Vaccination in the Punjab 1897-1904 - 1897-1904
Year: 1897
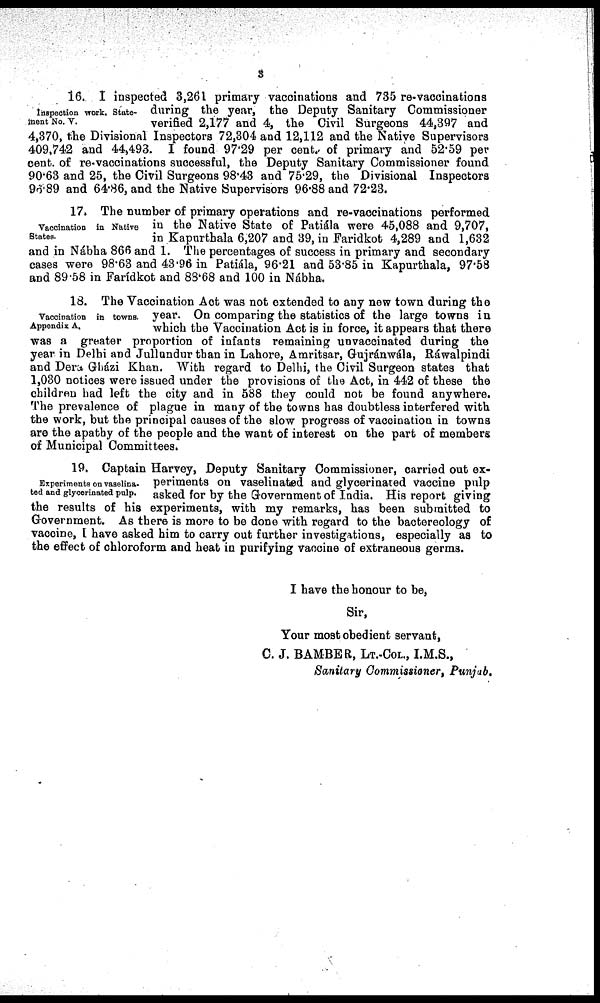
3
Inspection work, State-
ment No. V.
16. I inspected 3,261 primary vaccinations and 735 re-vaccinations
during the year, the Deputy Sanitary Commissioner
verified 2,177 and 4, the Civil Surgeons 44,397 and
4,370, the Divisional Inspectors 72,304 and 12,112 and the Native Supervisors
409,742 and 44,493. I found 97.29 per cent. of primary and 52.59 per
cent. of re-vaccinations successful, the Deputy Sanitary Commissioner found
90.63 and 25, the Civil Surgeons 98.43 and 75.29, the Divisional Inspectors
96.89 and 64.86, and the Native Supervisors 96.88 and 72.23.
Vaccination in Native
States.
17. The number of primary operations and re-vaccinations performed
in the Native State of Patiala were 45,088 and 9,707,
in Kapurthala 6,207 and 39, in Faridkot 4,289 and 1,632
and in Nábha 866 and 1. The percentages of success in primary and secondary
cases were 98.63 and 43.96 in Patiála, 96.21 and 53.85 in Kapurthala, 97.58
and 89.58 in Farídkot and 88.68 and 100 in Nábha.
Vaccination in towns.
Appendix A,
18. The Vaccination Act was not extended to any new town during the
year. On comparing the statistics of the large towns in
which the Vaccination Act is in force, it appears that there
was a greater proportion of infants remaining unvaccinated during the
year in Delhi and Jullundur than in Lahore, Amritsar, Gujránwála, Ráwalpindi
and Dera Gházi Khan. With regard to Delhi, the Civil Surgeon states that
1,030 notices were issued under the provisions of the Act, in 442 of these the
children had left the city and in 588 they could not be found anywhere.
The prevalence of plague in many of the towns has doubtless interfered with
the work, but the principal causes of the slow progress of vaccination in towns
are the apathy of the people and the want of interest on the part of members
of Municipal Committees.
Experiments on vaselina¬
ted and glycerinated pulp.
19. Captain Harvey, Deputy Sanitary Commissioner, carried out ex-
periments on vaselinated and glycerinated vaccine pulp
asked for by the Government of India. His report giving
the results of his experiments, with my remarks, has been submitted to
Government. As there is more to be done with regard to the bactereology of
vaccine, I have asked him to carry out further investigations, especially as to
the effect of chloroform and heat in purifying vaccine of extraneous germs.
I have the honour to be,
Sir,
Your most obedient servant,
C. J. BAMBER, LT.-COL., I.M.S.,
Sanitary Commissioner, Punjab.